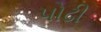
પોઢી